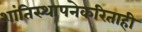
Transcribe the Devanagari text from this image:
शांतिस्थापनेकरिताही